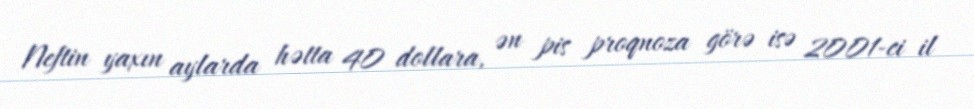
Neftin yaxın aylarda hətta 40 dollara, ən pis proqnoza görə isə 2001-ci il